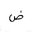
Letter: _dad